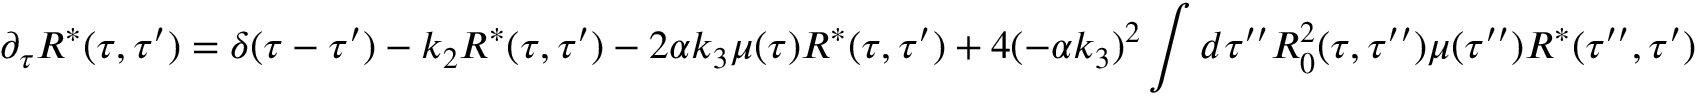
\partial _ { \tau } R ^ { * } ( \tau , \tau ^ { \prime } ) = \delta ( \tau - \tau ^ { \prime } ) - k _ { 2 } R ^ { * } ( \tau , \tau ^ { \prime } ) - 2 \alpha k _ { 3 } \mu ( \tau ) R ^ { * } ( \tau , \tau ^ { \prime } ) + 4 ( - \alpha k _ { 3 } ) ^ { 2 } \int d \tau ^ { \prime \prime } R _ { 0 } ^ { 2 } ( \tau , \tau ^ { \prime \prime } ) \mu ( \tau ^ { \prime \prime } ) R ^ { * } ( \tau ^ { \prime \prime } , \tau ^ { \prime } )